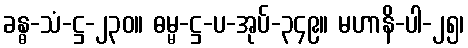
ခန္ဓ-သံ-ဋ္ဌ-၂၃၀။ ဓမ္မ-ဋ္ဌ-ပ-အုပ်-၃၄၉။ မဟာနိ-ပါ-၂၅၊